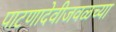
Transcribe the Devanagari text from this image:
पाटणादेवीजवळच्या